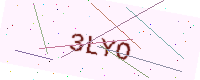
Text: 3LYO